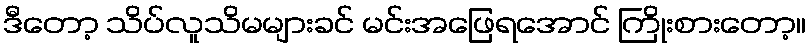
ဒီတော့ သိပ်လူသိမများခင် မင်းအဖြေရအောင် ကြိုးစားတော့။